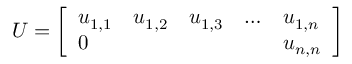
U = { \left[ \begin{array} { l l l l l } { u _ { 1 , 1 } } & { u _ { 1 , 2 } } & { u _ { 1 , 3 } } & { \ldots } & { u _ { 1 , n } } \\ { 0 } & { } & { } & { } & { u _ { n , n } } \end{array} \right] }